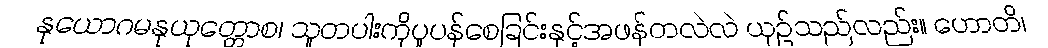
နုယောဂမနုယုတ္တောစ၊ သူတပါးကိုပူပန်စေခြင်းနှင့်အဖန်တလဲလဲ ယှဉ်သည်လည်း။ ဟောတိ၊